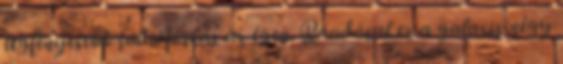
legfényesebb rádióforrás az égen. Ráadásul ez a galaxis négy